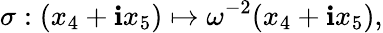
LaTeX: \sigma:(x_{4}+\mathbf{i}x_{5})\mapsto\omega^{-2}(x_{4}+\mathbf{i}x_{5}),